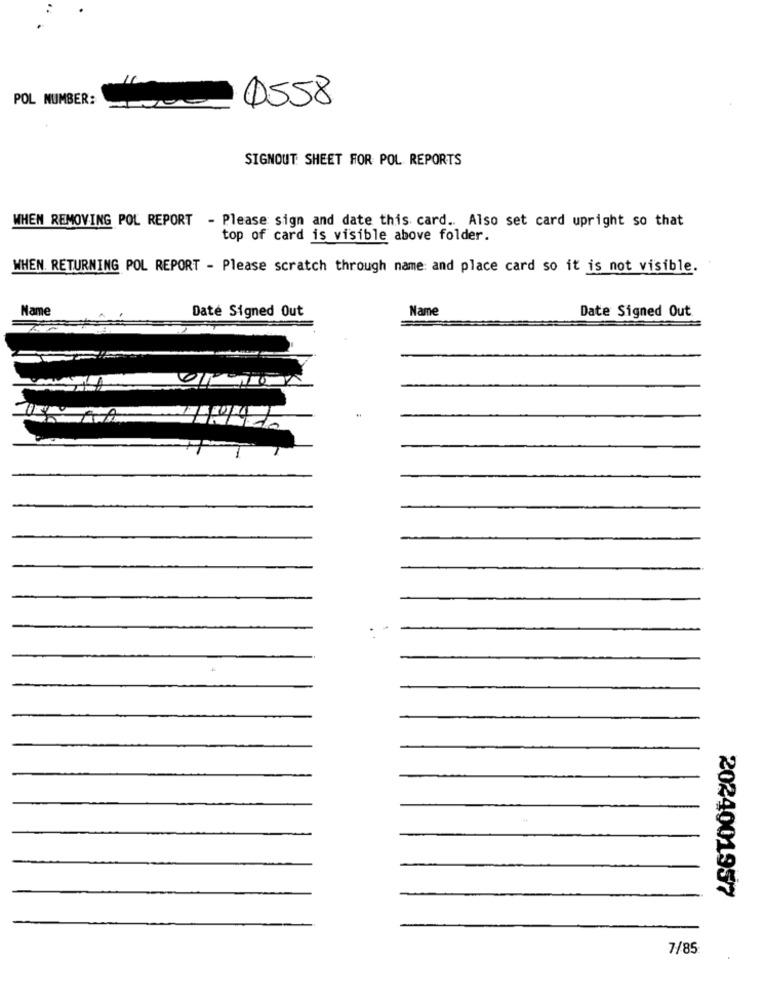
POL NUMBER:
0558
SIGNOUT SHEET FOR POL REPORTS
WHEN REMOVING POL REPORT - Please sign and date this card .. Also set card upright so that
top of card is visible above folder.
WHEN. RETURNING POL REPORT - Please scratch through name and place card so it is not visible.
Name
Daté Signed Out
Name
Date Signed Out
2024001957
7/85